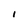
Character: I